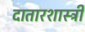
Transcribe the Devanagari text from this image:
दातारशास्त्री